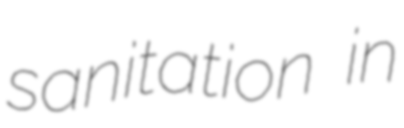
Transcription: sanitation in